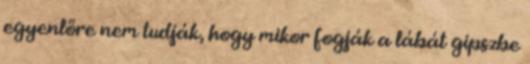
egyenlőre nem tudják, hogy mikor fogják a lábát gipszbe